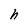
Character: h